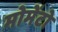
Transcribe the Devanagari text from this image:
मोमेंटो